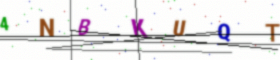
Text: 4NBKUQT